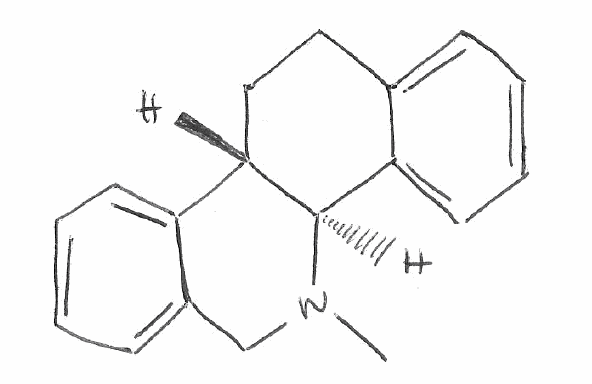
Simplified molecular-input line-entry system (SMILES) notation of the given molecule:
CN1CC2=CC=CC=C2[C@H]3[C@H]1C4=CC=CC=C4CC3